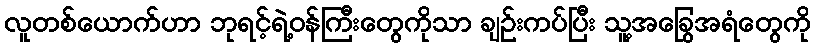
လူတစ်ယောက်ဟာ ဘုရင့်ရဲ့ဝန်ကြီးတွေကိုသာ ချဉ်းကပ်ပြီး သူ့အခြွေအရံတွေကို